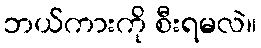
ဘယ်ကားကို စီးရမလဲ။